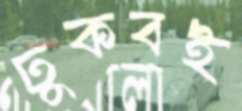
ঢুকবই